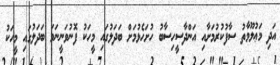
އަދި މަޢުލޫމާތު ސާފުކުރުމަށާއި އަންދާސީހިސާބު ހުށަހެޅުމަށް ބަދަލުގައި މީހަކު ފޮނުވަނީނަމަ ބަދަލުގައި މީހަކު